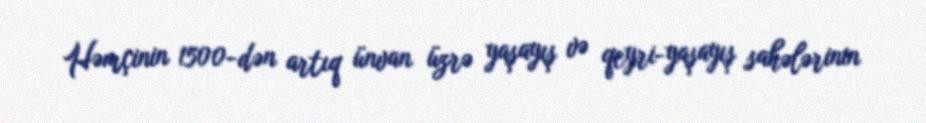
Həmçinin 1500-dən artıq ünvan üzrə yaşayış və qeyri-yaşayış sahələrinin